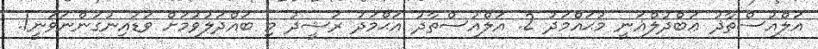
އަލްއުސްތާޛު ޢަބްދުލްޣަނީ މުޙައްމަދު 2. އަލްއުސްތާޛު އަޙްމަދު ރަޝީދު މި ބައްދަލުވުމަށް ވަޑައިނުގަންނަވަނީ1.